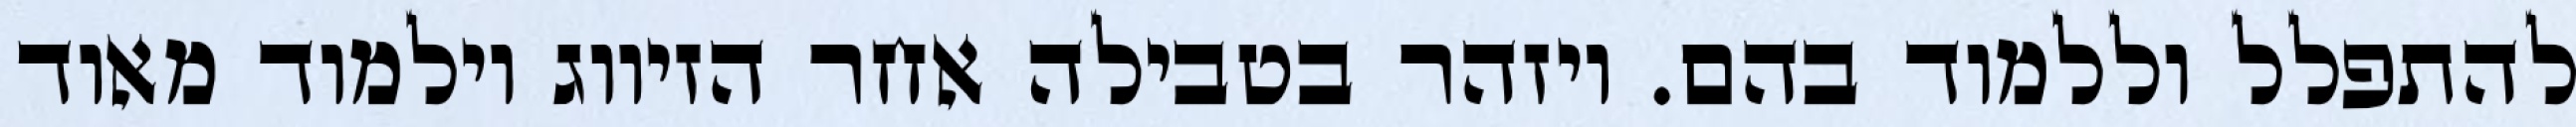
להתפלל וללמוד בהם. ויזהר בטבילה אחר הזיווג וילמוד מאוד